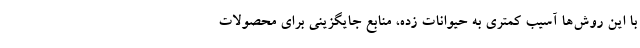
با این رو‌ش‌ها آسیب کمتری به حیوانات زده، منابع جایگزینی برای محصولات